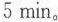
5min。